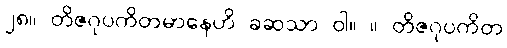
၂၈။ တိဇဂုပကိတမာနေဟိ ခဆသာ ဝါ။ ။ တိဇဂုပကိတ